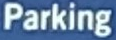
Parking